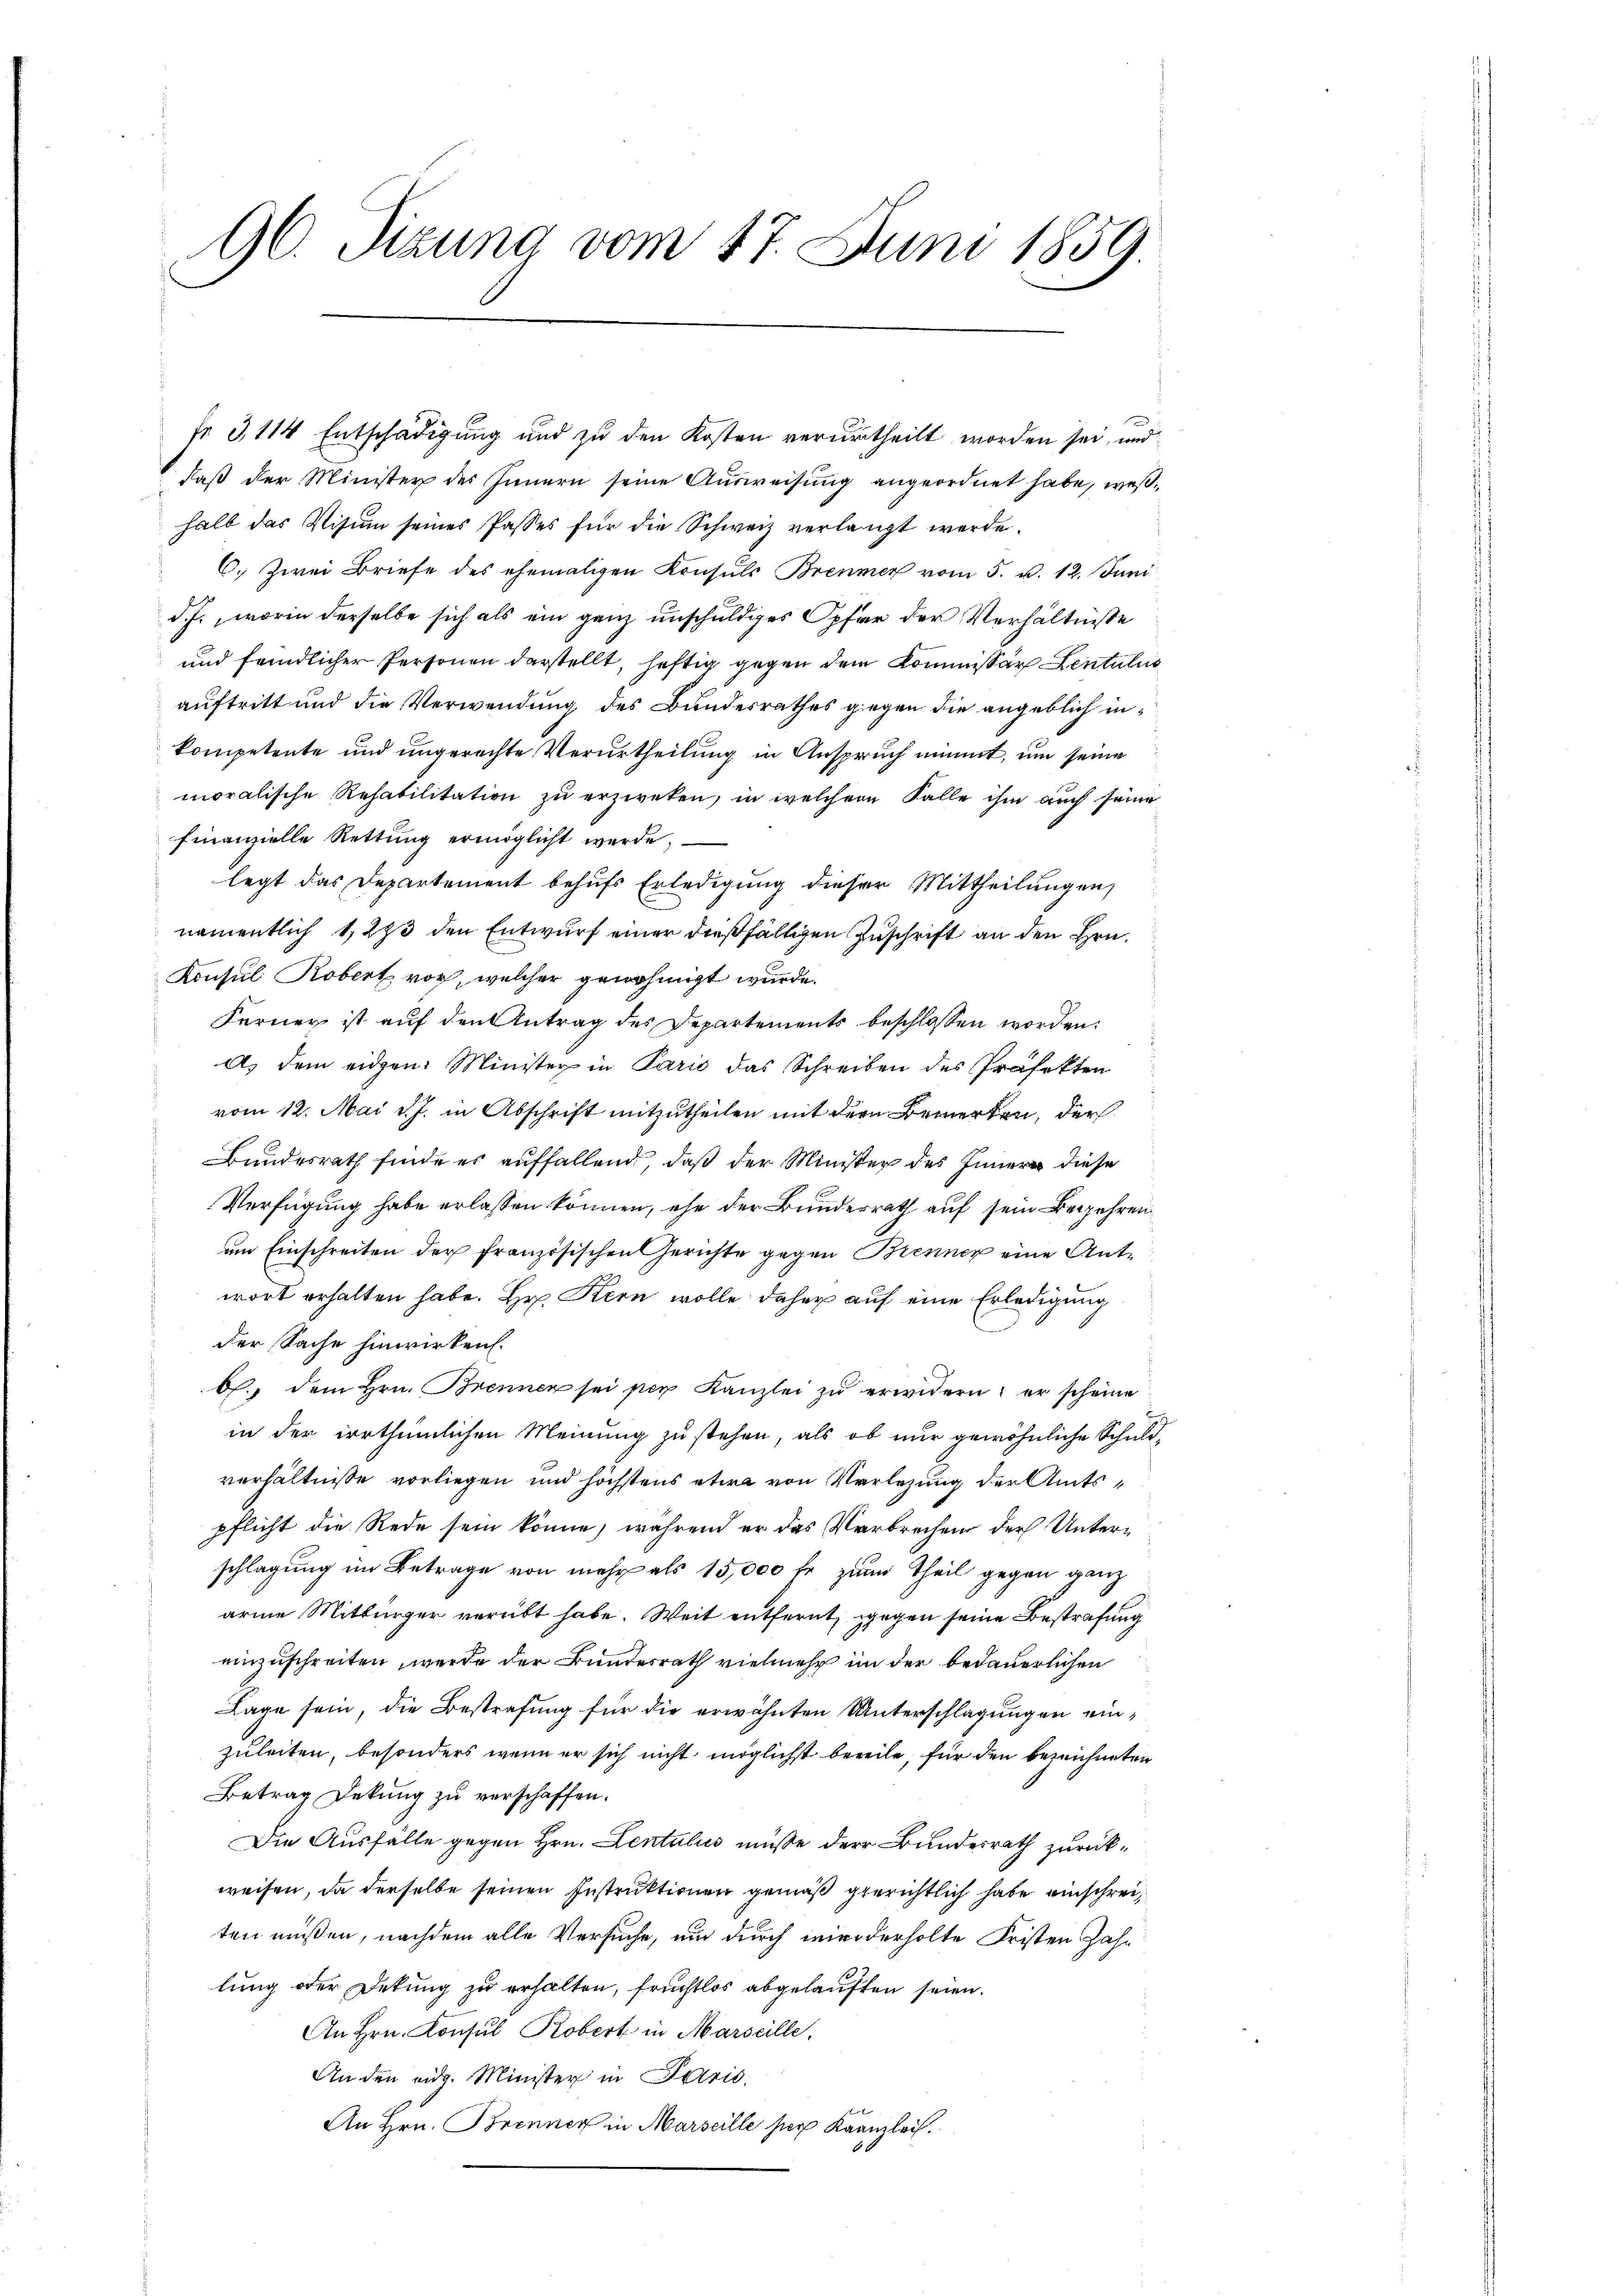
96. Sizung vom 17. Juni 1859

fr 3, 114 Entschädigung und zu den Kosten verurtheilt worden sei, und
daß der Minister des Innern seine Ausweisung angeordnet habe, weßhalb das Visum seines Passes für die Schweiz verlangt werde.
6. Zwei Briefe des ehemaligen Konsuls Brenner vom 5. v. 12. Juni
d.J., worin derselbe sich als ein ganz unschuldiges Opfer der Verhältnisse
und feindlicher Personen darstellt, heftig gegen dem Kommissär Lentalis
auftritt und die Verwendung des Bundesrathes gegen die angeblich inkompetente und ungerechte Verurtheilung in Anspruch nimmt, um seine
moralische Rehabilitation zŭ erzweken, in welchem Falle ihm auch seine
finanzielle Rettung ermöglicht werde,
legt das Departement behufs Erledigung dieser Mittheilungen,
namentlich 1, 273 den Entwurf einer dießfälligen Zuschrift an den Hrn.
Konsul Robert vor, welcher gewöhnigt wurde.
Ferner ist auf den Antrag des Departements beschlossen worden.
A. dem eidgen. Minister in Paris das Schreiben des Präfekten
vom 12. Mai v. J. in Abschrift mitzutheilen mit der Bemerken, der
Bundesrath finde es auffallend, daß der Minister des Inner diese
Verfügung habe erlassen können, ehe der Bunderrath auf sein Begehren
um Einschreiten der französischen Gerichte gegen Brenner eine Antwort erhalten habe. Hr. Kern wolle daher auf eine Erledigung
der Sache hinwirken.
6. dem Hrn. Brennen sei per Kanzlei zŭ erwidern; er scheine
in der irrthümlichen Meinung zu stehen, als ob nur gewöhnliche Schuldverhältnisse vorliegen und höchstens etwa von Verlesung der Amtspflicht die Rede sein könne, während er das Verbrechen der Unterschlagung im Betrage von mehr als 15,000 fr zum Theil gegen ganz
arme Mitbürger verübt habe. Weit entfernt, gegen seine Bestrafung
einzuschreiten, werde der Bundesrath vielmehr im der bedauerlichen
Lage sein, die Bestrafung für die erwähnten Unterschlagungen einzuleiten, besonders wenn er sich nicht möglichst bereite, für den bezeichneten
Betrag Dekung zu verschaffen.
Die Ausfälle gegen Hrn. Lentulus müsse der Bundesrath zurückweisen, da derselbe seinen Instruktionen gemäß gerichtlich habe einschreiten müßen, nachdem alle Versuche, und durch wiederholte Fristen Zahn
lung oder Dekung zu erhalten, fruchtlos abgelauften seien.
An Hrn. Konsul Robert in Marseille.
An den eidg. Minister in Paris,
An Hrn. Brenner in Marseille per Kanzlei.